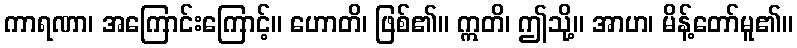
ကာရဏာ၊ အကြောင်းကြောင့်။ ဟောတိ၊ ဖြစ်၏။ ဣတိ၊ ဤသို့။ အာဟ၊ မိန့်တော်မူ၏။